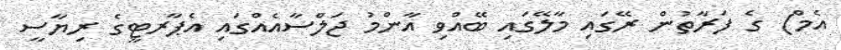
އެމް) ގެ ފަރާތުން ރޭގައި މާލޭގައި ބޭއްވި އާންމު ޖަލްސާއެއްގައި އެޕާރޓީގެ ރިޔާސީ